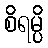
စိရမ္ပိ